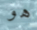
هو